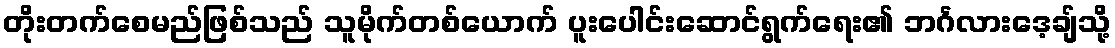
တိုးတက်စေမည်ဖြစ်သည် သူမိုက်တစ်ယောက် ပူးပေါင်းဆောင်ရွက်ရေး၏ ဘင်္ဂလားဒေ့ချ်သို့